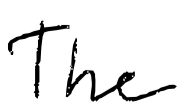
Text: The
Cross-out: clean
Writing tool: digital_black